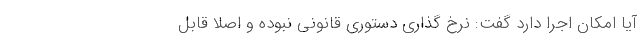
آیا امکان اجرا دارد گفت: نرخ گذاری دستوری قانونی نبوده و اصلاً قابل